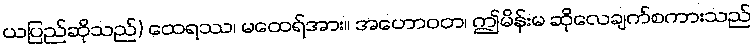
ယပြည်ဆိုသည်) ထေရဿ၊ မထေရ်အား။ အဟောဝတ၊ ဤမိန်းမ ဆိုလေချက်စကားသည်